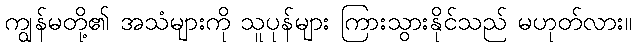
ကျွန်မတို့၏ အသံများကို သူပုန်များ ကြားသွားနိုင်သည် မဟုတ်လား။